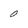
Character: 0